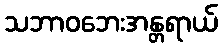
သဘာဝဘေးအန္တရာယ်